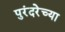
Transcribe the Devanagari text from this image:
पुरंदरेच्या